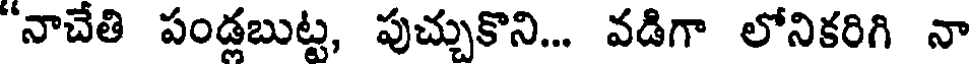
"నాచేతి పండ్లబుట్ట, పుచ్చుకొని... వడిగా లోనికరిగి నా